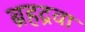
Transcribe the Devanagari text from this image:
ब्रहद्रवा